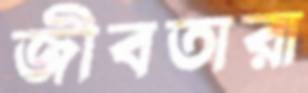
জীবতারা